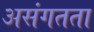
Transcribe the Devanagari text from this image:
असंगतता